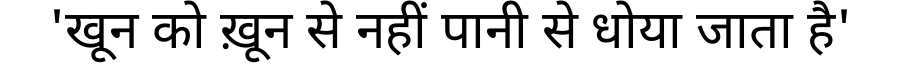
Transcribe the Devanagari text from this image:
'खून को ख़ून से नहीं पानी से धोया जाता है'